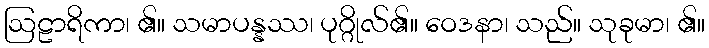
ဩဠာရိကာ၊ ၏။ သမာပန္နဿ၊ ပုဂ္ဂိုလ်၏။ ဝေဒနာ၊ သည်။ သုခုမာ၊ ၏။